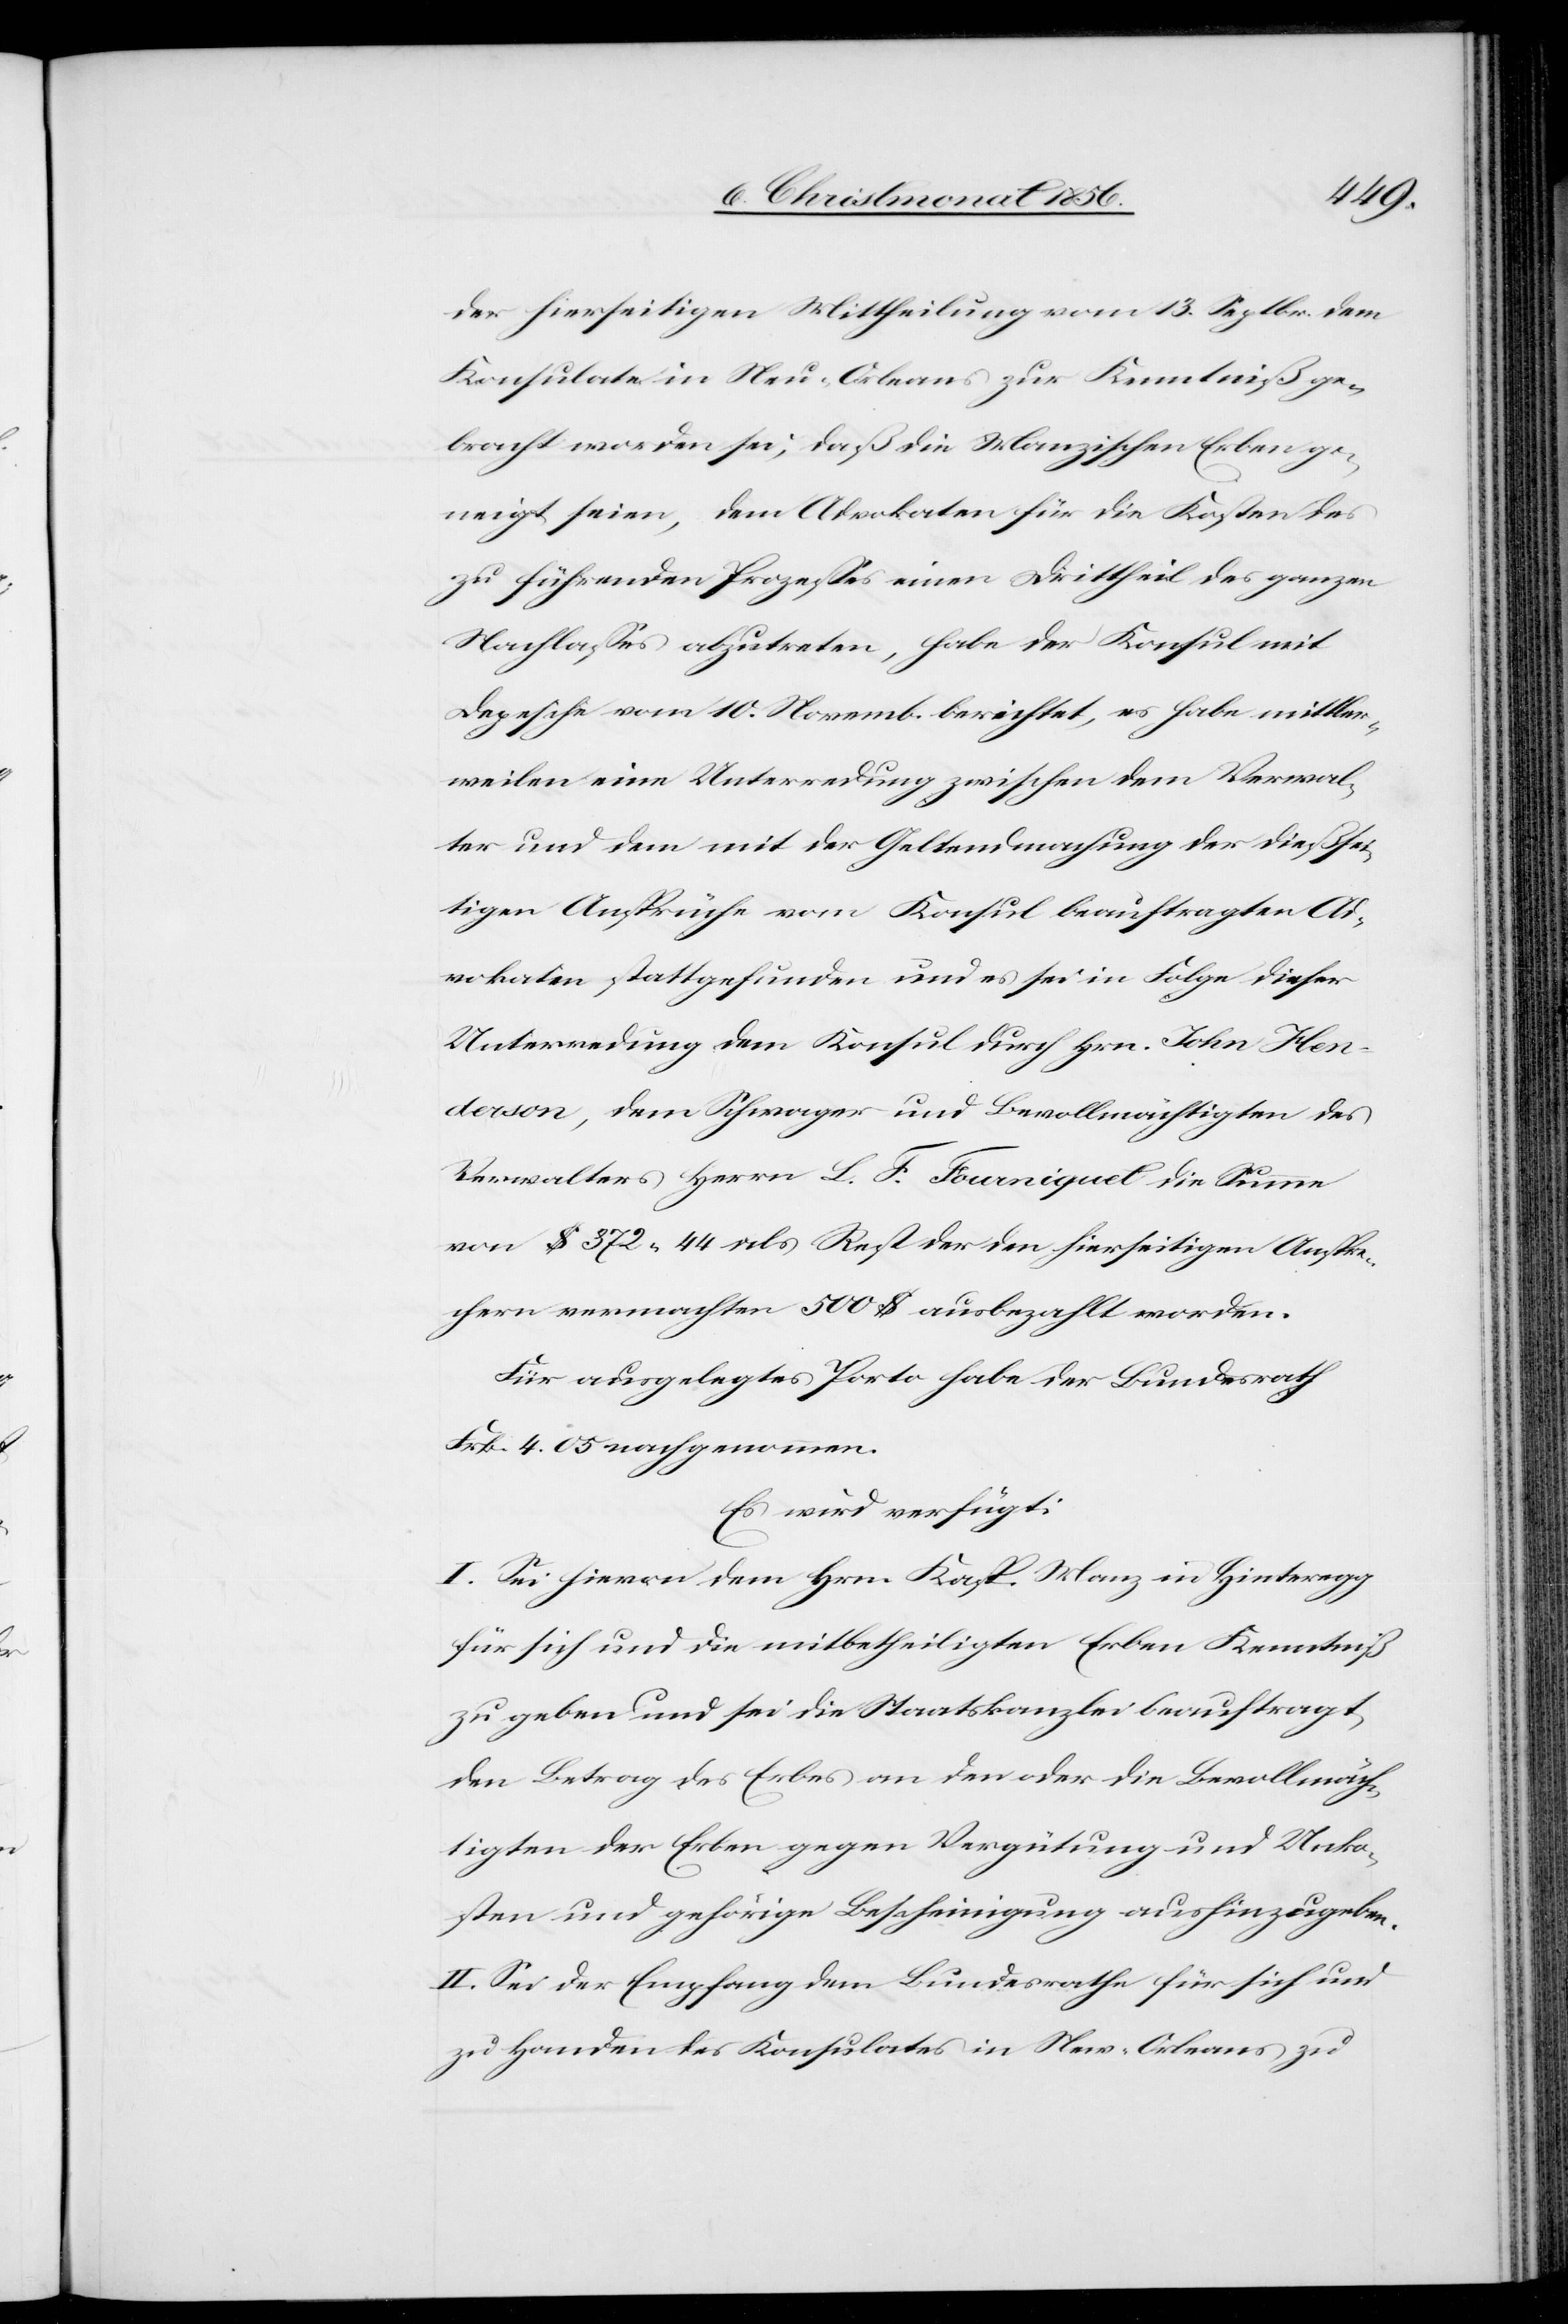
der hierseitigen Mittheilung vom 13. Septbr. dem
Konsulate in Neu-Orleans zur Kenntniß ge¬
bracht worden sei, daß die Manzischen Erben ge¬
neigt seien, dem Advokaten für die Kosten des
zu führenden Prozesses einen Drittheil des ganzen
Nachlasses abzutreten, habe der Konsul mit
Depesche vom 10. Novemb. berichtet, es habe mittler¬
weilen eine Unterredung zwischen dem Verwal¬
ter und dem mit der Geltendmachung der dießsei¬
tigen Ansprüche vom Konsul beauftragten Ad¬
vokaten stattgefunden und es sei in Folge dieser
Unterredung dem Konsul durch Hrn. John Hen¬
derson, dem Schwager und Bevollmächtigten des
Verwalters Herrn L. F. Fourniquet die Summe
von $ 372. 44 als Rest der den hierseitigen Anspre¬
chern vermachten 500 $ ausbezahlt worden.
Für ausgelegtes Porto habe der Bundesrath
Frk. 4. 05 nachgenommen.
Es wird verfügt:
I. Sei hievon dem Hrn. Kasp. Manz in Hinteregg
für sich und die mitbetheiligten Erben Kenntniß
zu geben und sei die Staatskanzlei beauftragt,
den Betrag des Erbes an den oder die Bevollmäch¬
tigten der Erben gegen Vergütung und Unko¬
sten und gehörige Bescheinigung aushinzugeben.
II. Sei der Empfang dem Bundesrathe für sich und
zu Handen des Konsulates in New-Orleans zu